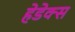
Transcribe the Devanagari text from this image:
हेडेक्स